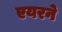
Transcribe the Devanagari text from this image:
एयरने